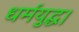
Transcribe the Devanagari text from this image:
धर्मयुद्ध।